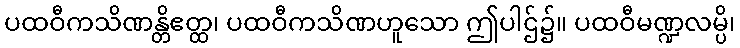
ပထဝီကသိဏန္တိဧတ္ထ၊ ပထဝီကသိဏဟူသော ဤပါဌ်၌။ ပထဝီမဏ္ဍလမ္ပိ၊